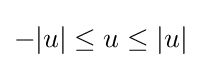
-|u|\leq u\leq |u|